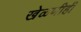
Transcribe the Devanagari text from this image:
खेळणीही